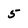
Character: 5